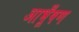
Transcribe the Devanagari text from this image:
आभूँषण